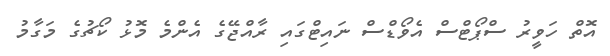
އޮތް ހަވީރު ސްޕޯޓްސް އެވޯޑްސް ނައިޓްގައި ރާއްޖޭގެ އެންމެ މޮޅު ކޯޗުގެ މަގާމު